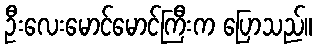
ဦးလေးမောင်မောင်ကြီးက ပြောသည်။